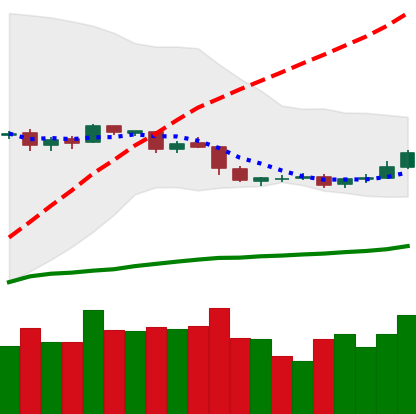
Ticker: DOGE-USD
Chart end date: 2019-05-03
Forward return: -6.762%
Label: down_5_7